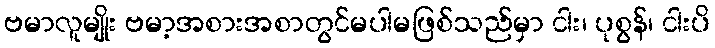
ဗမာလူမျိုး ဗမာ့အစားအစာတွင်မပါမဖြစ်သည်မှာ ငါး၊ ပုစွန်၊ ငါးပိ